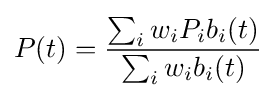
P(t)={\frac {\sum _{i}w_{i}P_{i}b_{i}(t)}{\sum _{i}w_{i}b_{i}(t)}}